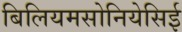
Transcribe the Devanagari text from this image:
बिलियमसोनियेसिई